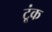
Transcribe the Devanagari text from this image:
टूंक